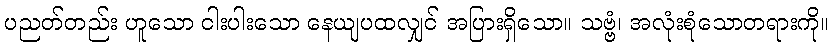
ပညတ်တည်း ဟူသော ငါးပါးသော နေယျပထလျှင် အပြားရှိသော။ သဗ္ဗံ၊ အလုံးစုံသောတရားကို။